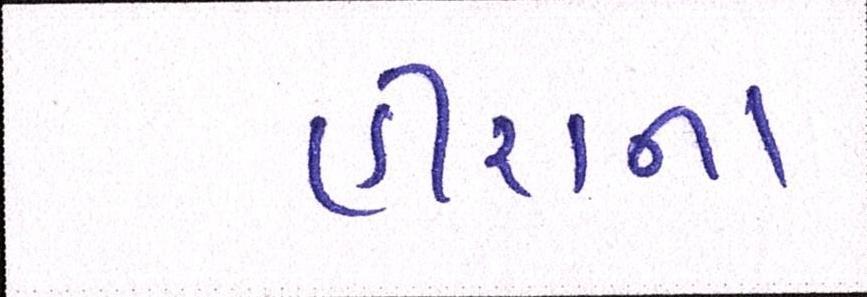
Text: હીરાના